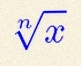
\sqrt[n]{x}